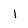
Character: I